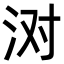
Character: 㳔